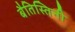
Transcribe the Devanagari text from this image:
बैतिस्तिनी